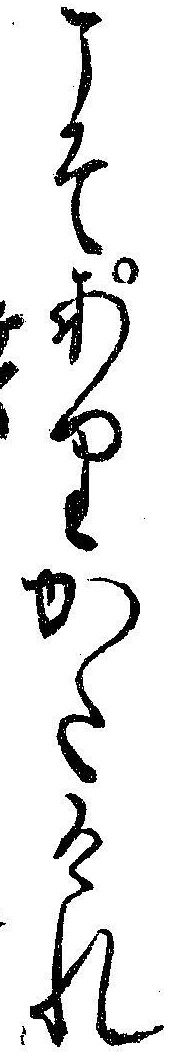
こそありかたけれ